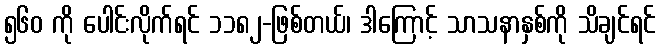
၅၆၀ ကို ပေါင်းလိုက်ရင် ၁၁၈၂-ဖြစ်တယ်၊ ဒါကြောင့် သာသနာနှစ်ကို သိချင်ရင်